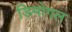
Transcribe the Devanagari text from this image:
डिमोगल